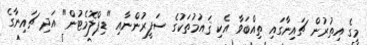
މީގެ އިތުރުން ޗައިނާގައި ތިއްބަވާ އެކި ޤައުމުތަކުގެ ސަފީރުންނާއި "ޑިޕްލޮމެޓުން" އަދި ޗައިނާގެ